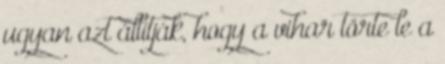
ugyan azt állítják, hogy a vihar törte le a